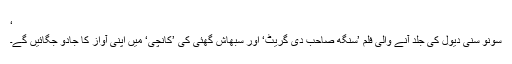
‘
سونو سنی دیول کی جلد آنے والی فلم ’سنگھ صاحب دی گریٹ‘ اور سبھاش گھئی کی ’کانچی‘ میں اپنی آواز کا جادو جگائیں گے۔